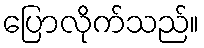
ပြောလိုက်သည်။